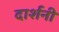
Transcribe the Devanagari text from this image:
दार्शनी